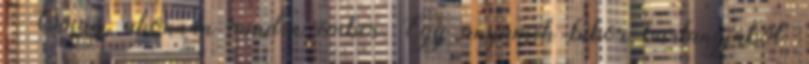
– Onnan, ahonnan minden ember. Egy anyaméh bíbor barlangjából.